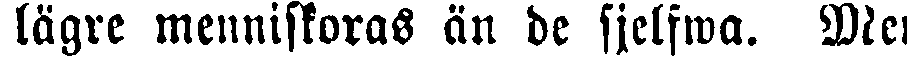
lägre menniskoras än de sjelfwa. Men